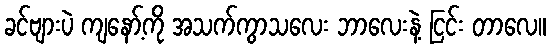
ခင်ဗျားပဲ ကျနော့်ကို အသက်ကွာသလေး ဘာလေးနဲ့ ငြင်း တာလေ။